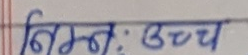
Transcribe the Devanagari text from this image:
निम्न: उच्च